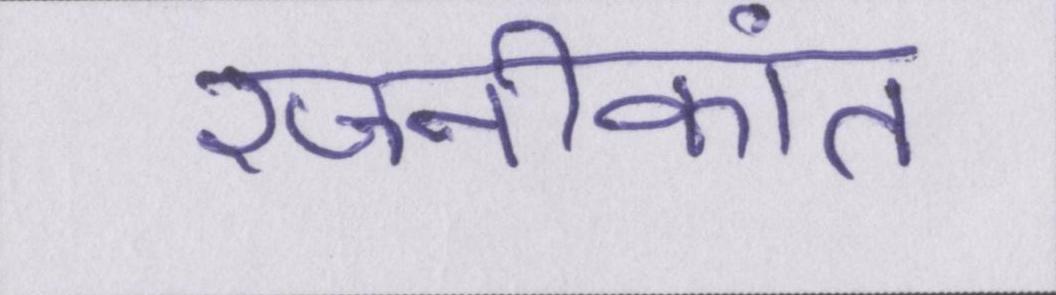
रजनीकांत